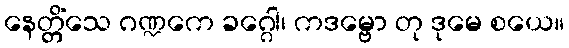
နေတ္တိံသေ ဂဏ္ဍကေ ခဂ္ဂေါ၊ ကဒမ္ဗော တု ဒုမေ စယေ။